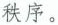
秩序。